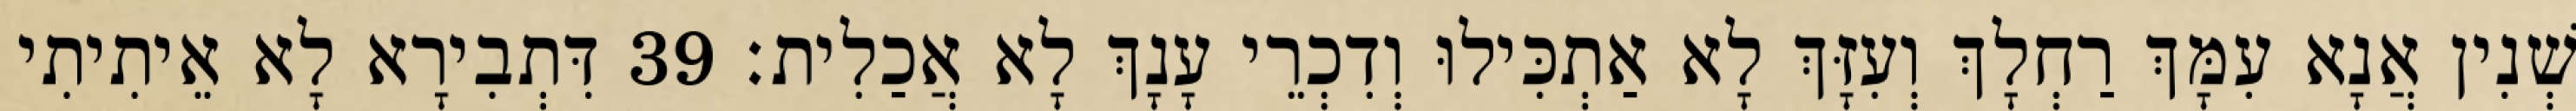
שְׁנִין אֲנָא עִמָּךְ רַחְלָךְ וְעִזָּךְ לָא אַתְכִּילוּ וְדִכְרֵי עָנָךְ לָא אֲכַלִית׃ 39 דִּתְבִירָא לָא אֵיתִיתִי